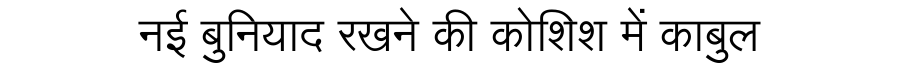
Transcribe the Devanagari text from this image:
नई बुनियाद रखने की कोशिश में काबुल